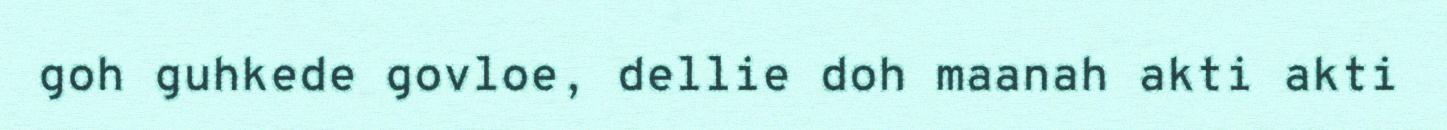
goh guhkede govloe, dellie doh maanah akti akti